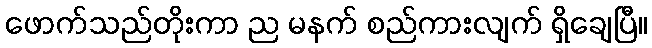
ဖောက်သည်တိုးကာ ည မနက် စည်ကားလျက် ရှိချေပြီ။